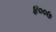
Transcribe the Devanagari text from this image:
४००७